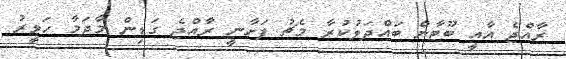
ރާއްޖެ އާއީ ބޫޓާން ބައްދަލުކުރާ މެޗު ފަށާނީ ރާއްޖެ ގަޑިން މާދަމާ ހަވީރު